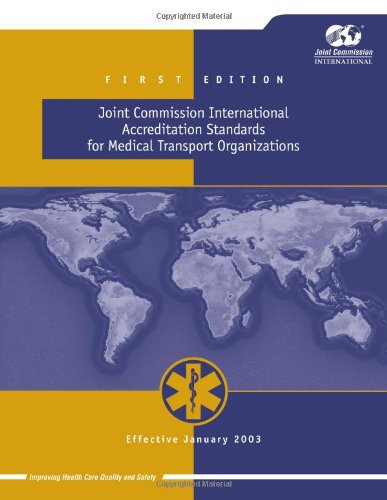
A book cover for Joint Commission International Accreditation Standards for Medical Transport Organizations; Joint Commission; Medical Books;